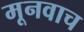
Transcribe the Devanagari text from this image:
मूनवाच